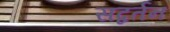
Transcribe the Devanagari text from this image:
सद्वर्तन